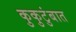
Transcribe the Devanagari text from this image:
कुकुटुंबात